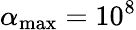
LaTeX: \alpha_{\mathrm{max}}=10^{8}